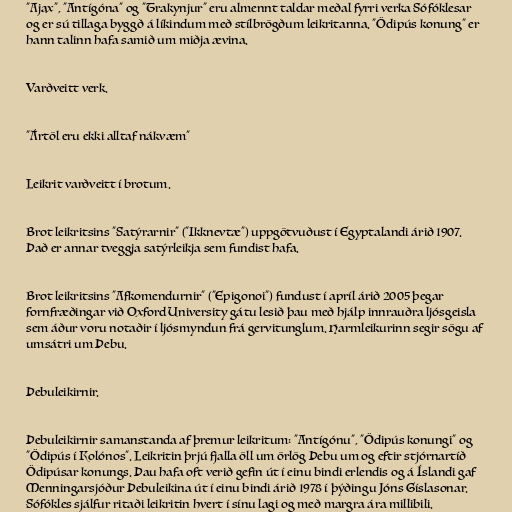
"Ajax", "Antígóna" og "Trakynjur" eru almennt taldar meðal fyrri verka Sófóklesar
og er sú tillaga byggð á líkindum með stílbrögðum leikritanna. "Ödipús konung" er
hann talinn hafa samið um miðja ævina.

Varðveitt verk.

"Ártöl eru ekki alltaf nákvæm"

Leikrit varðveitt í brotum.

Brot leikritsins "Satýrarnir" ("Ikknevtæ") uppgötvuðust í Egyptalandi árið 1907.
Það er annar tveggja satýrleikja sem fundist hafa.

Brot leikritsins "Afkomendurnir" ("Epigonoi") fundust í apríl árið 2005 þegar
fornfræðingar við Oxford University gátu lesið þau með hjálp innrauðra ljósgeisla
sem áður voru notaðir í ljósmyndun frá gervitunglum. Harmleikurinn segir sögu af
umsátri um Þebu.

Þebuleikirnir.

Þebuleikirnir samanstanda af þremur leikritum: "Antígónu", "Ödipús konungi" og
"Ödipús í Kolónos". Leikritin þrjú fjalla öll um örlög Þebu um og eftir stjórnartíð
Ödipúsar konungs. Þau hafa oft verið gefin út í einu bindi erlendis og á Íslandi gaf
Menningarsjóður Þebuleikina út í einu bindi árið 1978 í þýðingu Jóns Gíslasonar.
Sófókles sjálfur ritaði leikritin hvert í sínu lagi og með margra ára millibili.